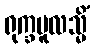
ရုက္ခမူလသ္မိံ